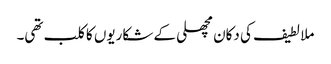
ملا لطیف کی دکان مچھلی کے شکاریوں کا کلب تھی۔